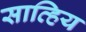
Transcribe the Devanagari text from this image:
सात्हिय